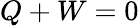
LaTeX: Q+W=0